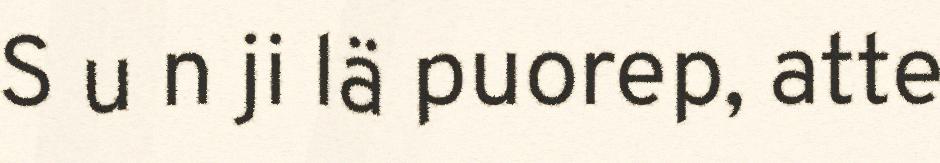
S u n ji lä puorep, atte